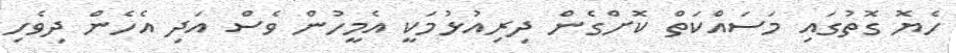
ހެޔޮ ގޮތުގައި މަސައްކަތް ކޮށްގެން ދިރިއުޅުމަކީ އެމީހުން ވެސް އަދި އެހެން ދިވެހި